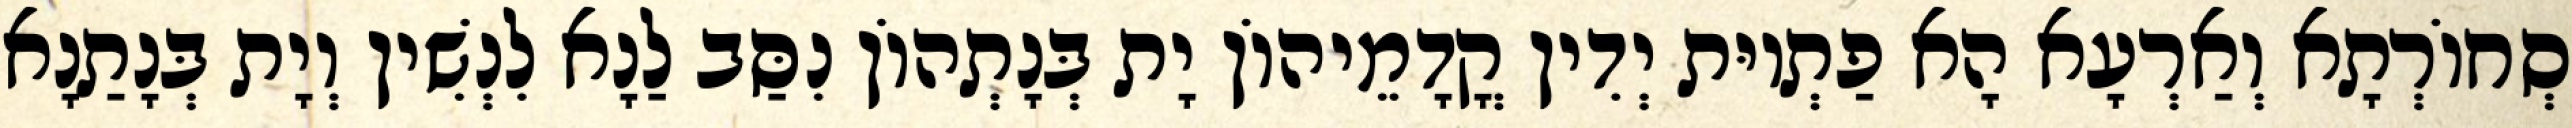
סְחוֹרְתָא וְאַרְעָא הָא פַתְיוּת יְדִין קֳדָמֵיהוֹן יָת בְּנָתְהוֹן נִסַּב לַנָא לִנְשִׁין וְיָת בְּנָתַנָא